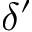
\delta ^ { \prime }